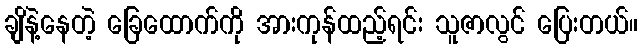
ချိနဲ့နေတဲ့ ခြေထောက်ကို အားကုန်ထည့်ရင်း သူဇာလွင် ပြေးတယ်။